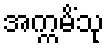
အက္ကမိံသု